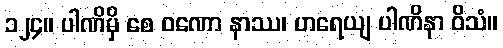
၁၂၄။ ပါဏိမှိ စေ ဝဏော နာဿ၊ ဟရေယျ ပါဏိနာ ဝိသံ။